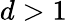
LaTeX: d>1